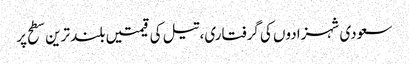
سعودی شہزادوں کی گرفتاری، تیل کی قیمتیں بلند ترین سطح پر